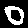
Digit: 0